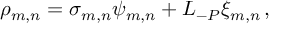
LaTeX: \rho _ { m , n } = \sigma _ { m , n } \psi _ { m , n } + L _ { - P } \xi _ { m , n } \, ,